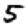
Digit: 5